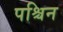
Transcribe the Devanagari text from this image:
पश्चिन